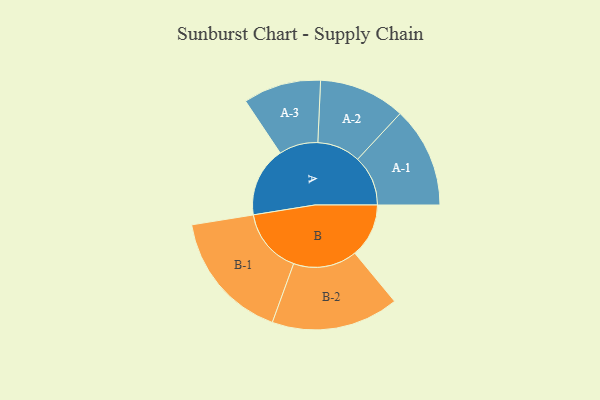
{"axis": {"x": "Segment", "y": "Value"}, "legend": ["", "A", "B"], "data": [{"x": "A", "y": 293, "type": ""}, {"x": "B", "y": 226, "type": ""}, {"x": "A-1", "y": 211, "type": "A"}, {"x": "A-2", "y": 181, "type": "A"}, {"x": "A-3", "y": 163, "type": "A"}, {"x": "B-1", "y": 273, "type": "B"}, {"x": "B-2", "y": 267, "type": "B"}]}